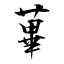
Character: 蓽